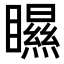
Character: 𥌁